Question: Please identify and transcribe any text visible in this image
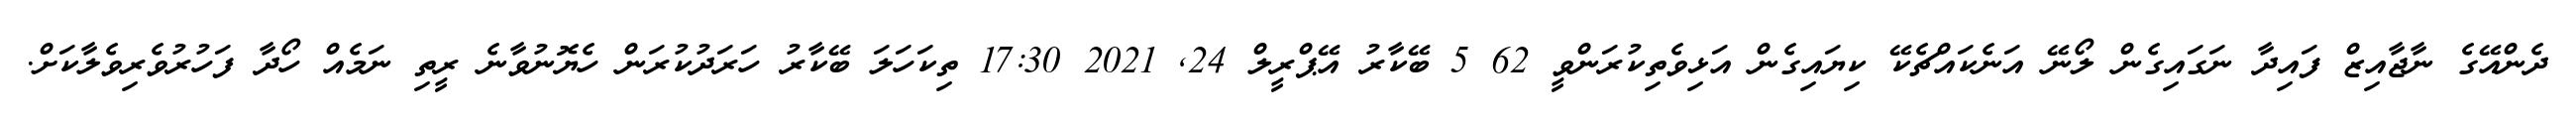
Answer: ދެންއޭގެ ނާޖާއިޒް ފައިދާ ނަގައިގެން ލޯނޭ އަނެކައްޗެކޭ ކިޔައިގެން އަޅިވެތިކުރަންވީ 62 5 ބޭކާރު އޭޕްރީލް 24, 2021 17:30 ތިކަހަލަ ބޭކާރު ހަރަދުކުރަން ހެޔޮނުވާނެ ރީތި ނަމެއް ހޯދާ ފަހުރުވެރިވެލާކަށް.